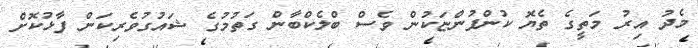
މެދު އިރު މަތީގެ ތެޔޮ ކުންފުންޏަކުން ވެސް ބްލެކްބާން ގަތުމުގެ ޝައުގުވެރިކަން ފާޅުކޮށް